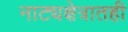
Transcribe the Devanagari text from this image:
नाट्यक्षेत्रातही